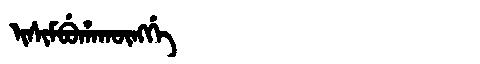
Manchu: ᡳᠰᡳᠮᠪᡠᡥᠠᡴᡡᠩᡤᡝ
Romanization: ISIMBUHAKŪNGGE